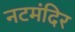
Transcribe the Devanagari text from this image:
नटमंदिर